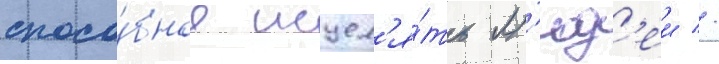
спосо́бное исцел'я́ть л'юд'еи //